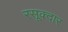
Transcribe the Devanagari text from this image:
रसूक्दार